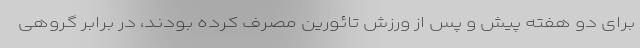
برای دو هفته پیش و پس از ورزش تائورین مصرف کرده بودند، در برابر گروهی